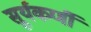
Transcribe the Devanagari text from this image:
सूर्यकर्णी